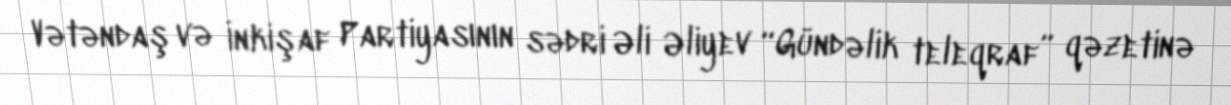
Vətəndaş və İnkişaf Partiyasının sədri Əli Əliyev “Gündəlik teleqraf” qəzetinə